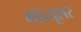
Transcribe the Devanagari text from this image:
मॉडयूलर